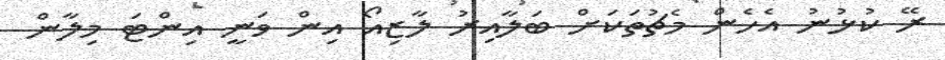
ރޭ ކުޅުނު އެހެން މެޗުތަކަށް ބަލާއިރު ލާޒިއޯ އިން ވަނީ އިންޓަ މިލާން